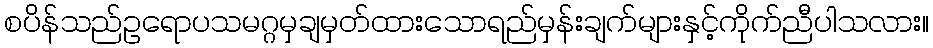
စပိန်သည်ဥရောပသမဂ္ဂမှချမှတ်ထားသောရည်မှန်းချက်များနှင့်ကိုက်ညီပါသလား။